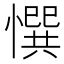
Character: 㦏